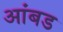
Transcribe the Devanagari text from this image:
आंबड